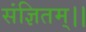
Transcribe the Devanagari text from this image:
संज्ञितम्।।